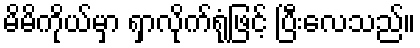
မိမိကိုယ်မှာ ရှာလိုက်ရုံဖြင့် ပြီးလေသည်။